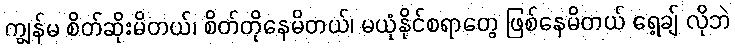
ကျွန်မ စိတ်ဆိုးမိတယ်၊ စိတ်တိုနေမိတယ်၊ မယုံနိုင်စရာတွေ ဖြစ်နေမိတယ် ရေ့ချ် လိုဘဲ